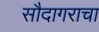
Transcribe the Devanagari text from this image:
सौदागराचा